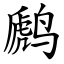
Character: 䴘